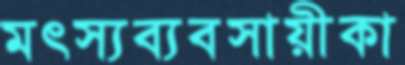
মৎস্যব্যবসায়ীকা